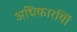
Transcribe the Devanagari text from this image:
अधिकारयिों